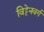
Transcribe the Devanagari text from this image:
विट्टेनवर्ग